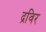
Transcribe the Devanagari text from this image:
द्रविर